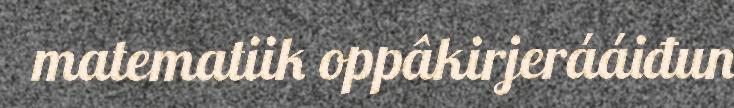
matematiik oppâkirjerááiđun